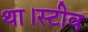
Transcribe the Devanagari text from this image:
था।स्टीव